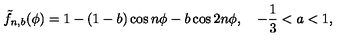
\tilde { f } _ { n , b } ( \phi ) = 1 - ( 1 - b ) \cos n \phi - b \cos 2 n \phi , \quad - \frac { 1 } { 3 } < a < 1 ,